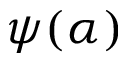
\psi ( \alpha )